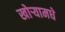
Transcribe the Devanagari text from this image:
खोऱ्यामधे